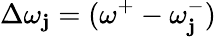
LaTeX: \Delta\omega_{\mathbf{j}}=(\omega^{+}-\omega_{\mathbf{j}}^{-})